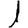
Digit: 1